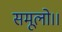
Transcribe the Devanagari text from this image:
समूलो।।